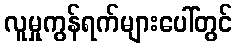
လူမှုကွန်ရက်များပေါ်တွင်